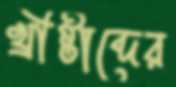
খ্রীষ্টাব্দের